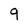
Character: 9